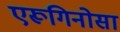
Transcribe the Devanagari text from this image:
एरूगिनोसा